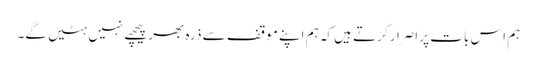
ہم اس بات پر اصرار کرتے ہیں کہ ہم اپنے موقف سے ذرہ بھر پیچھے نہیں ہٹیں گے۔